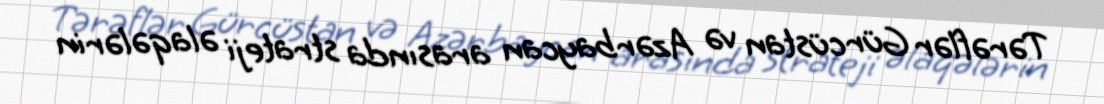
Tərəflər Gürcüstan və Azərbaycan arasında strateji əlaqələrin